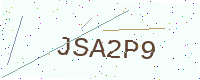
Text: JSA2P9